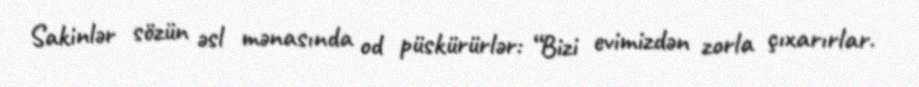
Sakinlər sözün əsl mənasında od püskürürlər: “Bizi evimizdən zorla çıxarırlar.